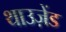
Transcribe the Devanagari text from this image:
थाउज़ेंड